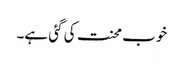
خوب محنت کی گئی ہے۔